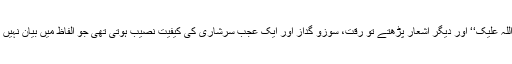
صلوات اللّٰہ علیک‘‘ اور دیگر اشعار پڑھتے تو رقت، سوزو گداز اور ایک عجب سرشاری کی کیفیت نصیب ہوتی تھی جو الفاظ میں بیان نہیں ہوسکتی۔